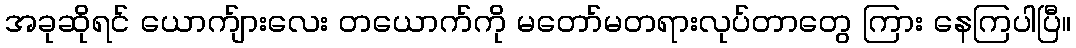
အခုဆိုရင် ယောက်ျားလေး တယောက်ကို မတော်မတရားလုပ်တာတွေ ကြား နေကြပါပြီ။